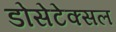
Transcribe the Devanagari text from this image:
डोसेटेक्सल